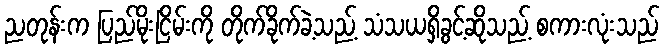
ညတုန်းက ပြည်မိုးငြိမ်းကို တိုက်ခိုက်ခဲ့သည့် သံသယရှိခွင့်ဆိုသည့် စကားလုံးသည်